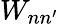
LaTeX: W_{nn^{\prime}}